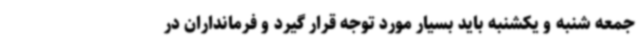
جمعه شنبه و یکشنبه باید بسیار مورد توجه قرار گیرد و فرمانداران در